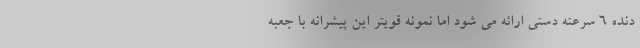
دنده 6 سرعته دستی ارائه می شود اما نمونه قویتر این پیشرانه با جعبه